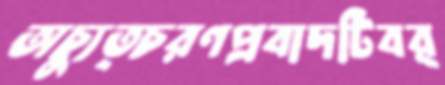
অচ্যুত্চরণপ্রবাদটিবর্